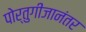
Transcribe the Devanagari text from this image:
पोर्तुगीजानंतर